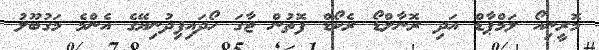
މޮރީނިއޯ ލަމްޕާޑް އަދި ރޮނާލްޑޯ ރެކޯޑް ފޮތުން ޖާގަ ހޯދައިފިދުނިޔޭގެ އެންމެ މަގުބޫލު